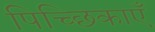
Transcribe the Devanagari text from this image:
पिच्छिकाएँ